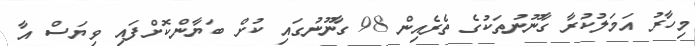
މިހާރު އަމަލުކުރާ ގާނޫނުތަކުގެ ތެރެއިން 98 ގާނޫނުގައި ކުށް ބަޔާންކޮށްފައި ވިޔަސް އާ